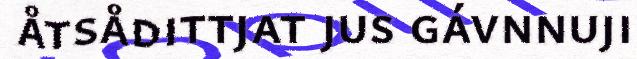
åtsådittjat jus gávnnuji